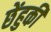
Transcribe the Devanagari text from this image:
छेंहुकी